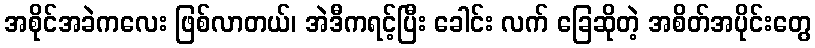
အစိုင်အခဲကလေး ဖြစ်လာတယ်၊ အဲဒီကရင့်ပြီး ခေါင်း လက် ခြေဆိုတဲ့ အစိတ်အပိုင်းတွေ